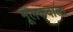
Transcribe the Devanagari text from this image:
मूलकवाला